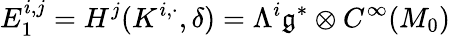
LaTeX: E_{1}^{i,j}=H^{j}(K^{i,\cdot},\delta)=\Lambda^{i}{\mathfrak{g}}^{*}\otimes C^{\infty}(M_{0})